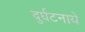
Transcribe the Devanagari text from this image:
दुर्घटनाये